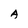
Character: A